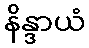
နိန္ဒာယံ